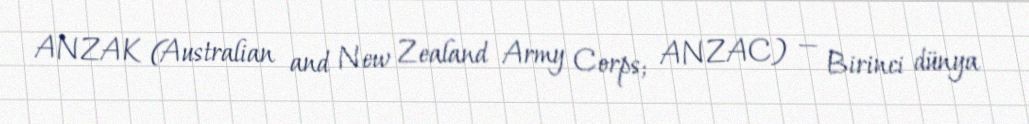
ANZAK (Australian and New Zealand Army Corps; ANZAC) — Birinci dünya